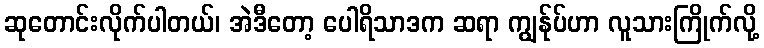
ဆုတောင်းလိုက်ပါတယ်၊ အဲဒီတော့ ပေါရိသာဒက ဆရာ ကျွန်ုပ်ဟာ လူသားကြိုက်လို့